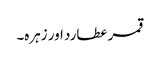
قمر عطارد اور زہرہ۔